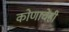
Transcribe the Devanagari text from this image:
कोणाचेंही